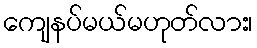
ကျေနပ်မယ်မဟုတ်လား၊